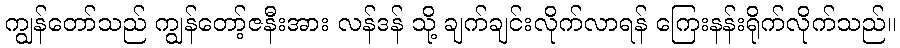
ကျွန်တော်သည် ကျွန်တော့်ဇနီးအား လန်ဒန် သို့ ချက်ချင်းလိုက်လာရန် ကြေးနန်းရိုက်လိုက်သည်။